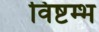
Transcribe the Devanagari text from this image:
विष्टम्भ